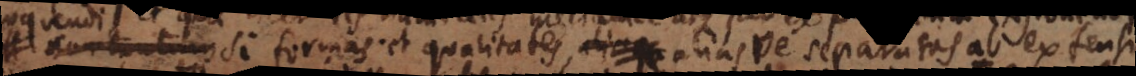
si formas et qualitates, aliasve separatas ab extensi